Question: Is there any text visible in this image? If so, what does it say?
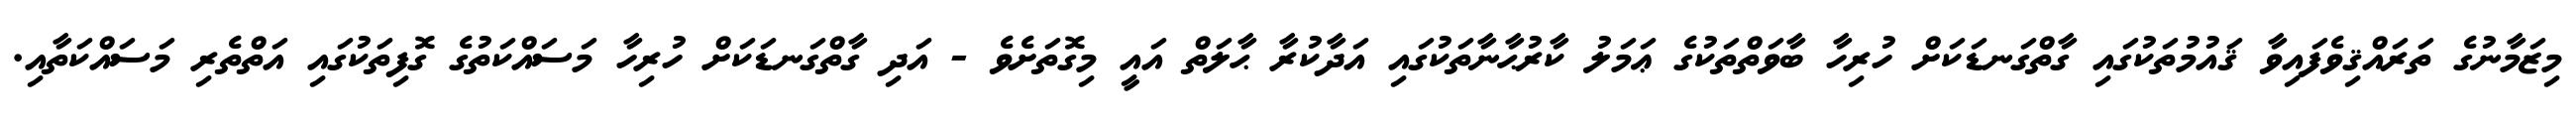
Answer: މިޒަމާނުގެ ތަރައްޤިވެފައިވާ ޤައުމުތަކުގައި ގާތްގަނޑަކަށް ހުރިހާ ބާވަތްތަކުގެ ޢަމަލު ކާރުޙާނާތަކުގައި އަދާކުރާ ޙާލަތް އައީ މިގޮތަށެވެ - އަދި ގާތްގަނޑަކަށް ހުރިހާ މަސައްކަތުގެ ގޮފިތަކުގައި އަތްތެރި މަސައްކަތާއި.